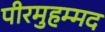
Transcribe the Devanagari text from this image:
पीरमुहम्मद